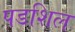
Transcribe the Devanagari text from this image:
पडशिल